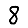
Digit: 8